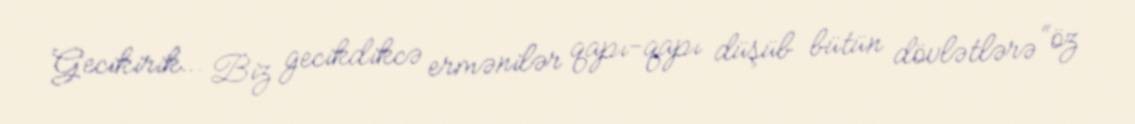
Gecikirik… Biz gecikdikcə ermənilər qapı-qapı düşüb bütün dövlətlərə “öz